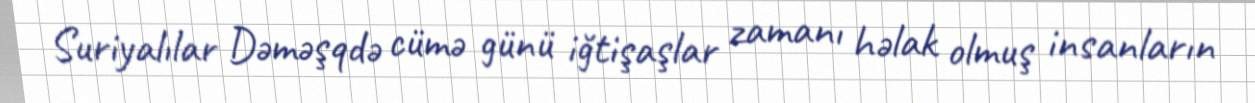
Suriyalılar Dəməşqdə cümə günü iğtişaşlar zamanı həlak olmuş insanların